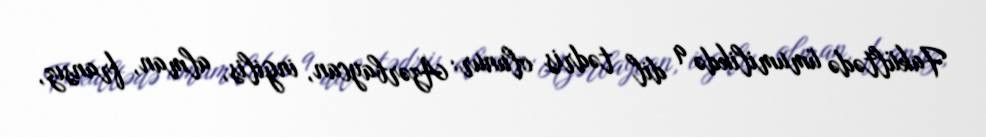
Fakültədə ümumilikdə 9 dil tədris olunur: Azərbaycan, ingilis, alman, fransız,